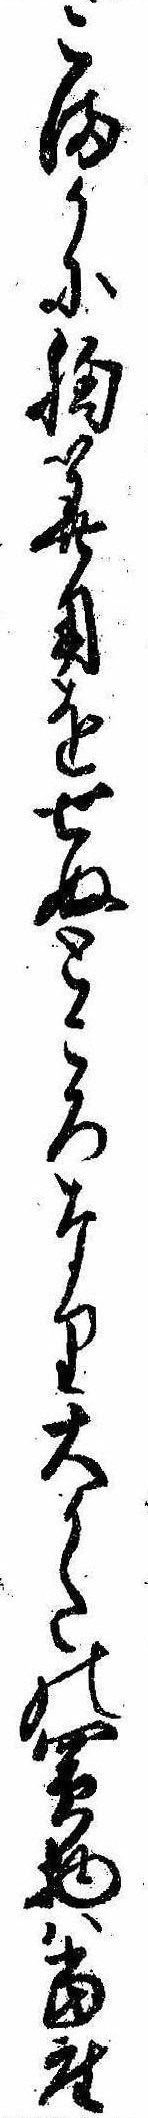
こまかに胸算用をせぬところなり大かたの買物は当座